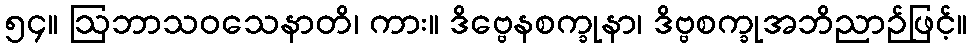
၅၄။ ဩဘာသဝသေနာတိ၊ ကား။ ဒိဗ္ဗေနစက္ခုနာ၊ ဒိဗ္ဗစက္ခုအဘိညာဉ်ဖြင့်။